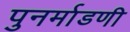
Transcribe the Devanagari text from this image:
पुनर्माडणी